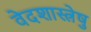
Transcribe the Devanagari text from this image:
वेदशास्त्रेषु